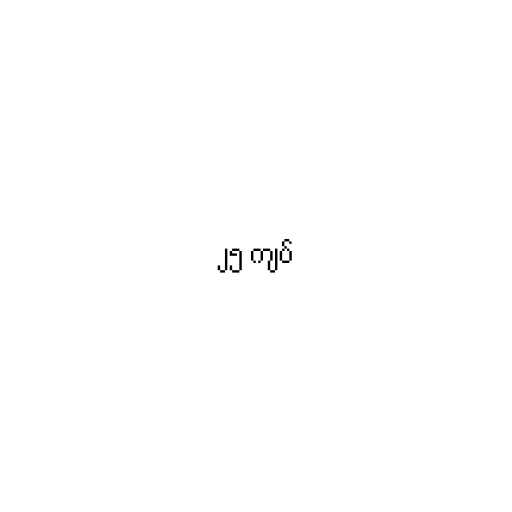
၂၅ ကျပ်